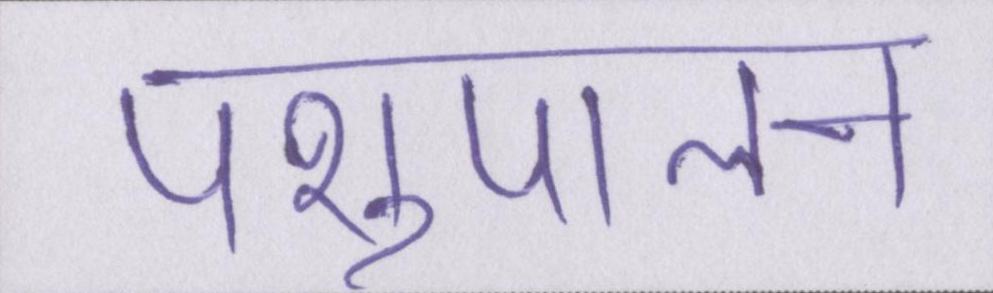
पशुपालन